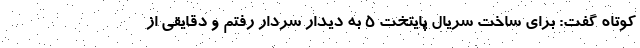
کوتاه گفت: برای ساخت سریال پایتخت ۵ به دیدار سردار رفتم و دقایقی از